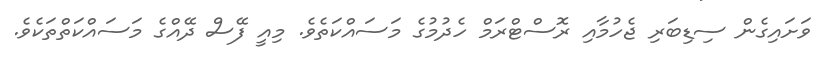
ވަށައިގެން ސިޑިބަރި ޖެހުމާއި ރޮސްޓްރަމް ހެދުމުގެ މަސައްކަތެވެ. މިއީ ފޭސް ދޭއްގެ މަސައްކަތްތަކެވެ.